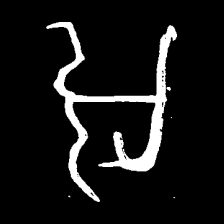
Pyu character \u2014 Myanmar letter: အ (romanized: a)